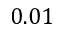
0 . 0 1